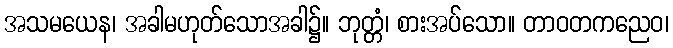
အသမယေန၊ အခါမဟုတ်သောအခါ၌။ ဘုတ္တံ၊ စားအပ်သော။ တာဝတကညေဝ၊